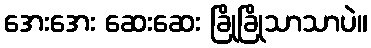
အေးအေး ဆေးဆေး ခြိုခြိုသာသာပဲ။